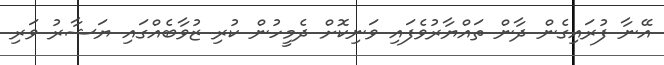
އޭނާ ފުރައިގެން ދާން ތައްޔާރުވެފައި ވަނިކޮށް ދެމީހުން ކުރި ޒުވާބެއްގައި ޔަޝާރު ވަރި